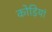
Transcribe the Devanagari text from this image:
कोड़ियां